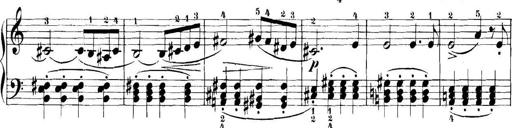
Title: 11 Sonatinas
Composer: Anton Diabelli